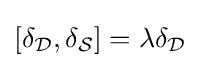
[\delta _{\mathcal {D}},\delta _{\mathcal {S}}]=\lambda \delta _{\mathcal {D}}